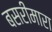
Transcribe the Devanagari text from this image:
बसरीमारा